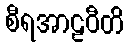
စီရအာဠဝီတိ